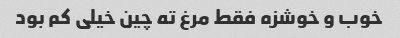
خوب و خوشزه فقط مرغ ته چین خیلی کم بود